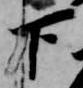
下